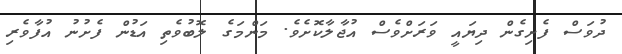
ދުވަސް ފެށިގެން ދިޔައީ ވަރަށްވެސް އުޖާލާކޮށެވެ. މަންމަގެ ލޮބުވެތި އަޑުން ފެށުނު އުފާވެރި